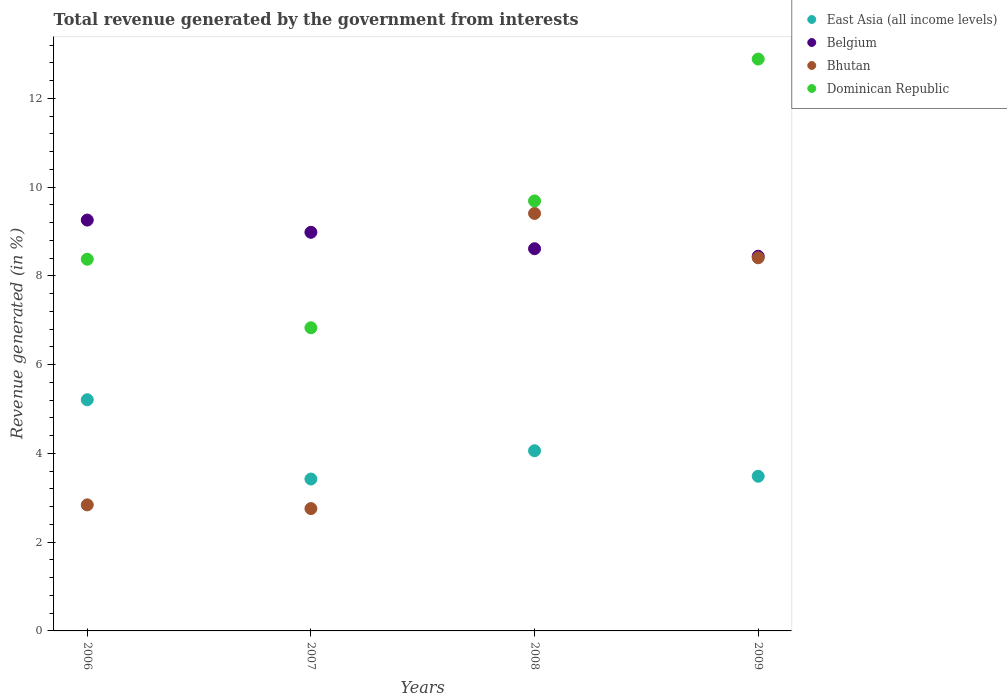
| Years | East Asia (all income levels) | Belgium | Bhutan | Dominican Republic |
 | --- | --- | --- | --- | --- |
 | 2006 | 5.21 | 9.26 | 2.84 | 8.37 |
 | 2007 | 3.42 | 8.98 | 2.76 | 6.83 |
 | 2008 | 4.06 | 8.61 | 9.41 | 9.69 |
 | 2009 | 3.48 | 8.44 | 8.41 | 12.9 |